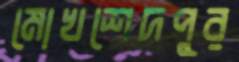
মোখশেদপুর